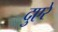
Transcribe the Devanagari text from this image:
दुएरे